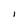
Character: l